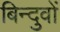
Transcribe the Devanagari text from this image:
बिन्दुवों